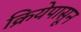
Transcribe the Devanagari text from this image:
क्रियेपासून